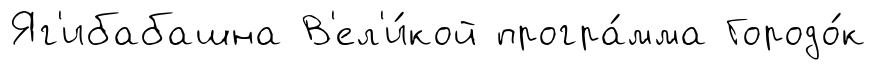
Яг'ибабашна В'ел'и́кой програ́мма Городо́к